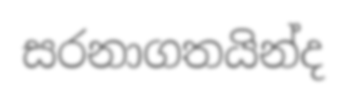
සරනාගතයින්ද